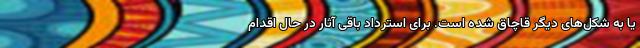
یا به شکل‌های دیگر قاچاق شده است. برای استرداد باقی آثار در حال اقدام